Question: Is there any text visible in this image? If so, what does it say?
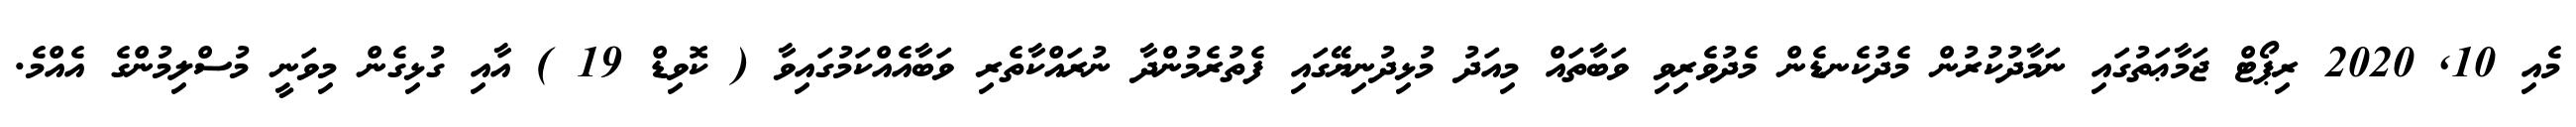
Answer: މެއި 10, 2020 ރިޕޯޓް ޖަމާޢަތުގައި ނަމާދުކުރުން މެދުކެނޑެން މެދުވެރިވި ވަބާތައް މިއަދު މުޅިދުނިޔޭގައި ފެތުރެމުންދާ ނުރައްކާތެރި ވަބާއެއްކަމުގައިވާ ( ކޮވިޑް 19 ) އާއި ގުޅިގެން މިވަނީ މުސްލިމުންގެ އެއްމެ.